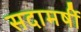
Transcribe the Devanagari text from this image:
सदामर्षी